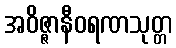
အဝိဇ္ဇာနီဝရဏသုတ္တ